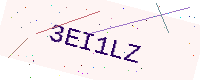
Text: 3EI1LZ